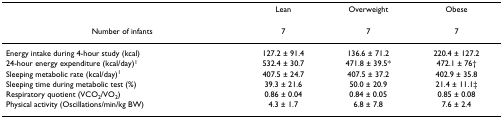
<table><thead><tr><td></td><td><b>Lean</b></td><td><b>Overweight</b></td><td><b>Obese</b></td></tr></thead><tbody><tr><td>Number of infants</td><td>7</td><td>7</td><td>7</td></tr><tr><td>Energy intake during 4-hour study (kcal)</td><td>127.2 ± 91.4</td><td>136.6 ± 71.2</td><td>220.4 ± 127.2</td></tr><tr><td>24-hour energy expenditure (kcal/day)<sup>1</sup></td><td>532.4 ± 30.7</td><td>471.8 ± 39.5*</td><td>472.1 ± 76†</td></tr><tr><td>Sleeping metabolic rate (kcal/day)<sup>1</sup></td><td>407.5 ± 24.7</td><td>407.5 ± 37.2</td><td>402.9 ± 35.8</td></tr><tr><td>Sleeping time during metabolic test (%)</td><td>39.3 ± 21.6</td><td>50.0 ± 20.9</td><td>21.4 ± 11.1‡</td></tr><tr><td>Respiratory quotient (VCO<sub>2</sub>/VO<sub>2</sub>)</td><td>0.86 ± 0.04</td><td>0.84 ± 0.05</td><td>0.85 ± 0.08</td></tr><tr><td>Physical activity (Oscillations/min/kg BW)</td><td>4.3 ± 1.7</td><td>6.8 ± 7.8</td><td>7.6 ± 2.4</td></tr></tbody></table>